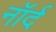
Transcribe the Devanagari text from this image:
नॉर्द